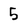
Character: 5